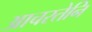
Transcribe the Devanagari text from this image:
आचरतेनि